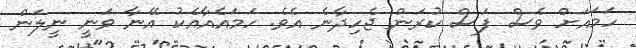
ހަމައަށް ވެސް ފަސް ކުރަން ޖެހިދާނެ އެވެ. ހަމައެއާއެކު އޭނާ ވަނީ ނީލަން